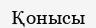
Қонысы